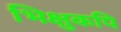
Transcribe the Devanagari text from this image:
भिक्षुकपि